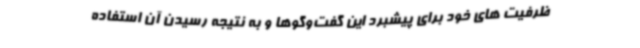
ظرفیت های خود برای پیشبرد این گفت‌وگوها و به نتیجه رسیدن آن استفاده